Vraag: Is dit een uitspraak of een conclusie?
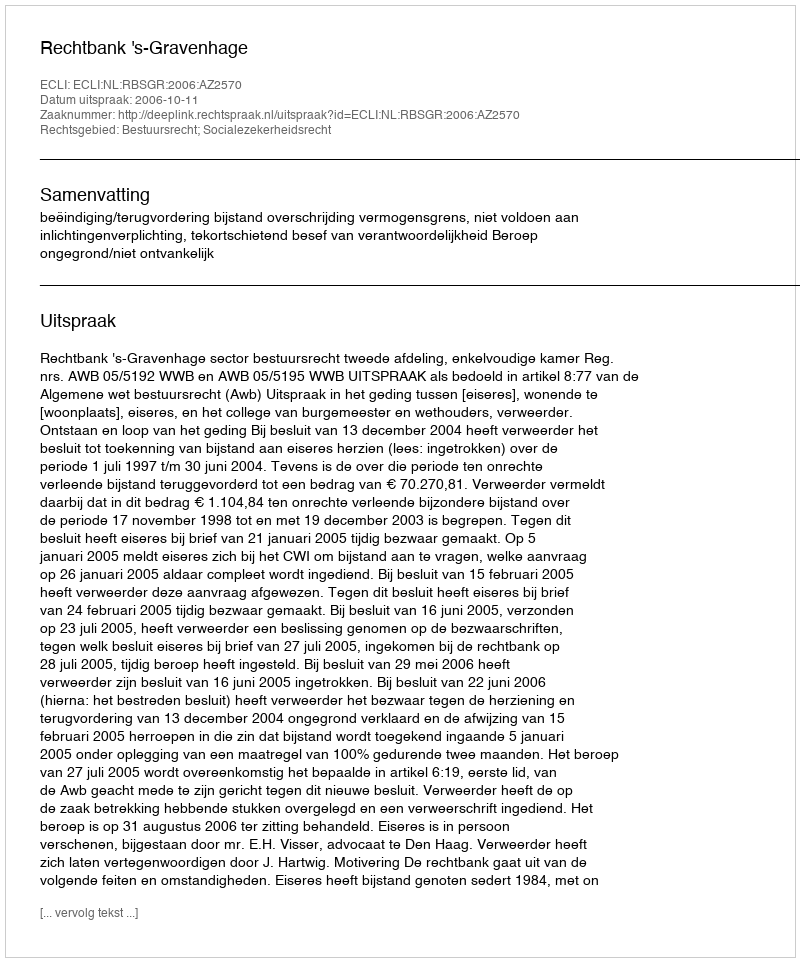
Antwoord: Uitspraak